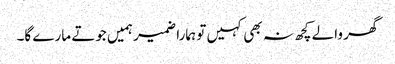
گھر والے کچھ نہ بھی کہیں تو ہمارا ضمیر ہمیں جوتے مارے گا۔